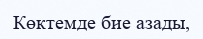
Көктемде бие азады,